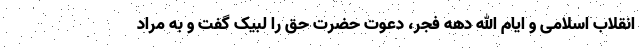
انقلاب اسلامی و ایام الله دهه فجر، دعوت حضرت حق را لبیک گفت و به مراد